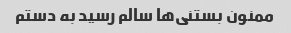
ممنون بستنی‌ها سالم رسید به دستم